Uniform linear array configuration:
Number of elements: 16
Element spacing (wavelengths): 0.5
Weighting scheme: hamming
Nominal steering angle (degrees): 15
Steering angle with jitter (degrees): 16.101
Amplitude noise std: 0.05
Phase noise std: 0.05

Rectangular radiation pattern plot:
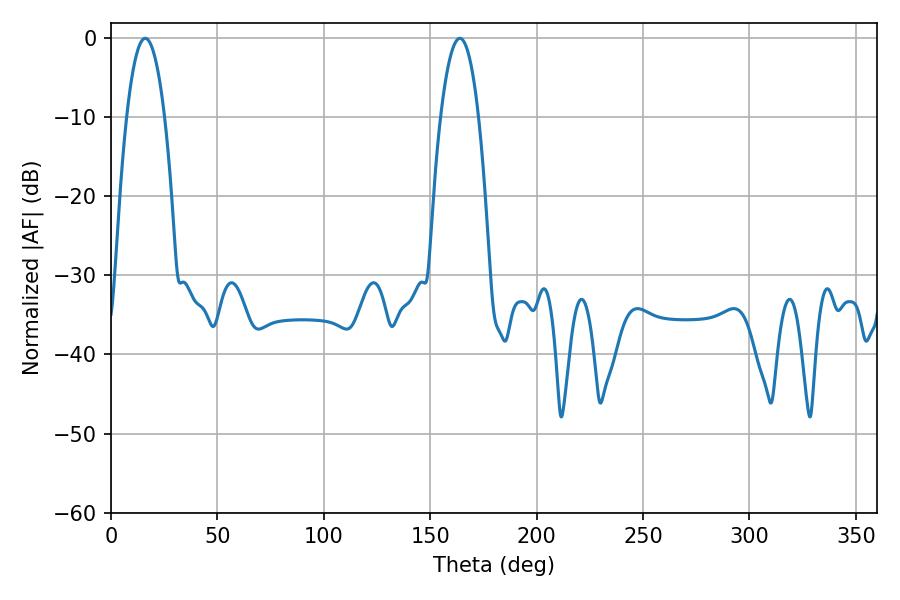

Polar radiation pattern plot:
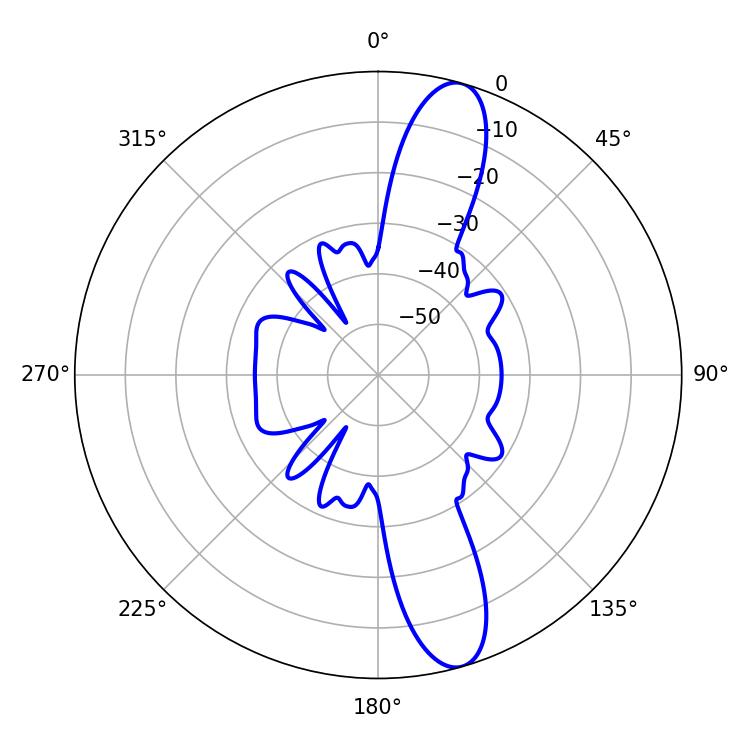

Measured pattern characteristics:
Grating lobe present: FALSE
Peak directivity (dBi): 12.898
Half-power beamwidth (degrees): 9.9
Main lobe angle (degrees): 16.02